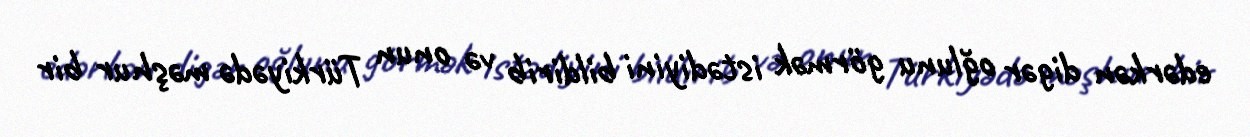
edərkən digər oğlunu görmək istədiyini bildirib və onun Türkiyədə məşhur bir